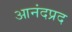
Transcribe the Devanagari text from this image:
आनंदप्रद